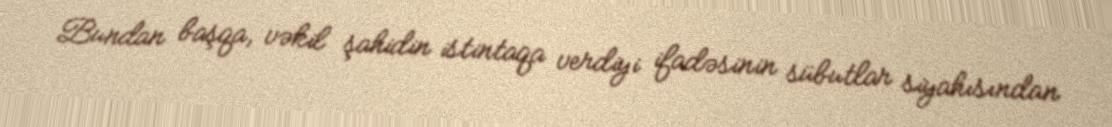
Bundan başqa, vəkil şahidin istintaqa verdiyi ifadəsinin sübutlar siyahısından